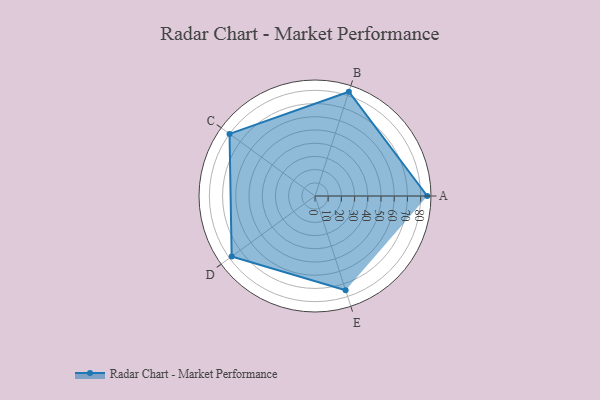
{"axis": {"x": "Skill", "y": "Score"}, "legend": ["Profile"], "data": [{"x": "A", "y": 85.0, "type": "Profile"}, {"x": "B", "y": 83.0, "type": "Profile"}, {"x": "C", "y": 80.0, "type": "Profile"}, {"x": "D", "y": 78.0, "type": "Profile"}, {"x": "E", "y": 75.0, "type": "Profile"}]}